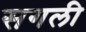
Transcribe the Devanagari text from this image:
सगली